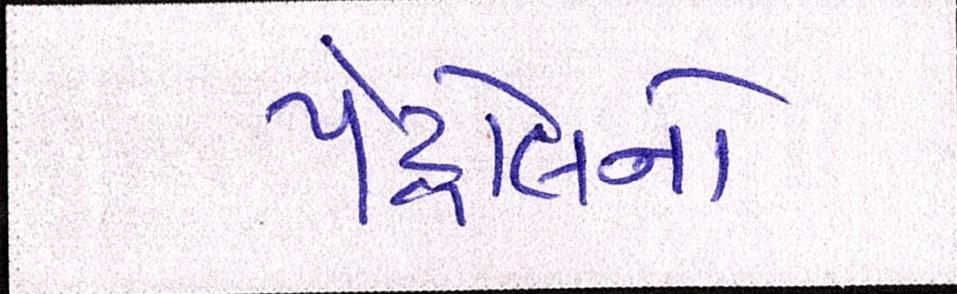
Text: પેટ્રોલનો